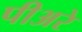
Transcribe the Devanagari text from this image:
पीअरे